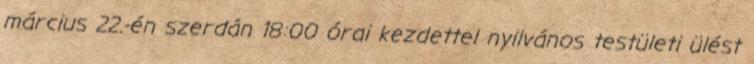
március 22.-én szerdán 18:00 órai kezdettel nyilvános testületi ülést